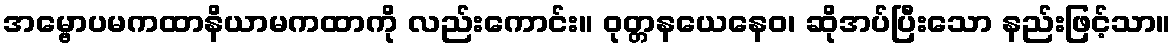
အမ္ဗောပမကထာနိယာမကထာကို လည်းကောင်း။ ဝုတ္တနယေနေဝ၊ ဆိုအပ်ပြီးသော နည်းဖြင့်သာ။